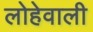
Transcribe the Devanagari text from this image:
लोहेवाली